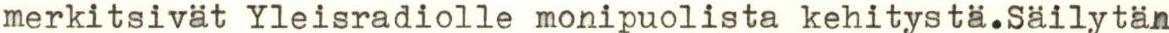
merkitsivät Yleisradiolle monipuolista kehitystä.Säilytän